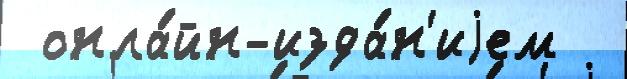
 онла́йн-изда́н'иjем